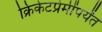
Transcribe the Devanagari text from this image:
क्रिकेटप्रेमींपर्यंत